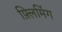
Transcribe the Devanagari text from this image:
फ़्लिमिंग